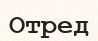
Отред